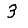
Digit: 3